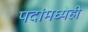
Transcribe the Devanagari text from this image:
पदांमध्येही